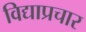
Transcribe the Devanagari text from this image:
विद्याप्रचार